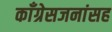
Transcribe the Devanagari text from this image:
काँग्रेसजनांसह